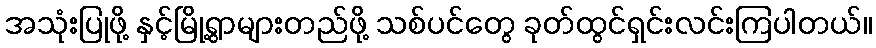
အသုံးပြုဖို့ နှင့်မြို့ရွာများတည်ဖို့ သစ်ပင်တွေ ခုတ်ထွင်ရှင်းလင်းကြပါတယ်။